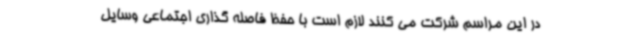
در این مراسم شرکت می کنند لازم است با حفظ فاصله گذاری اجتماعی وسایل